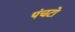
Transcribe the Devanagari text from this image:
पंचटो